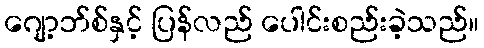
ဂျော့ဘ်စ်နှင့် ပြန်လည် ပေါင်းစည်းခဲ့သည်။